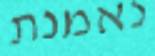
נאמנת